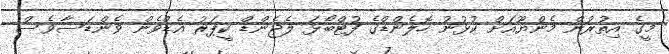
މީގެ އިތުރުން މެންޔޫއަށް ކުޅުނު ހޮލެންޑްގެ ފުޓްބޯޅަ ލެޖެންޑް ކީޕަރު އެޑްވެން ވެންޑަސާވެސް